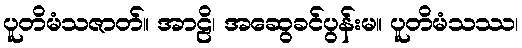
ပူတိမံသဇာတ်။ အာဠိ၊ အဆွေခင်ပွန်းမ။ ပူတိမံသဿ၊